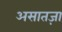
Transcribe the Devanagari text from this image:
असातज़ा